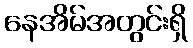
နေအိမ်အတွင်းရှိ